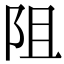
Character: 阻